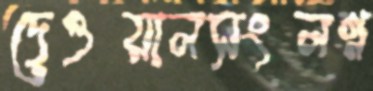
দেওয়ালসংলগ্ন